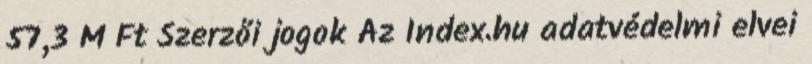
57,3 M Ft Szerzői jogok Az Index.hu adatvédelmi elvei